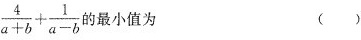
\frac { 4 } { a + b} + \frac { 1 } { a - b }$$最小值为 ( )